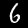
Label: 6